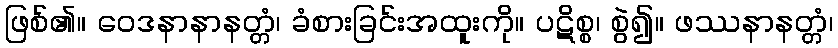
ဖြစ်၏။ ဝေဒနာနာနတ္တံ၊ ခံစားခြင်းအထူးကို။ ပဋိစ္စ၊ စွဲ၍။ ဖဿနာနတ္တံ၊